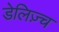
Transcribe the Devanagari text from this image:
डेलिज़्च